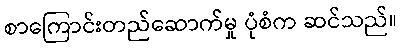
စာကြောင်းတည်ဆောက်မှု ပုံစံက ဆင်သည်။